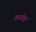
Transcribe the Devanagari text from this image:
कम्पोष्ट